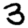
Digit: 3